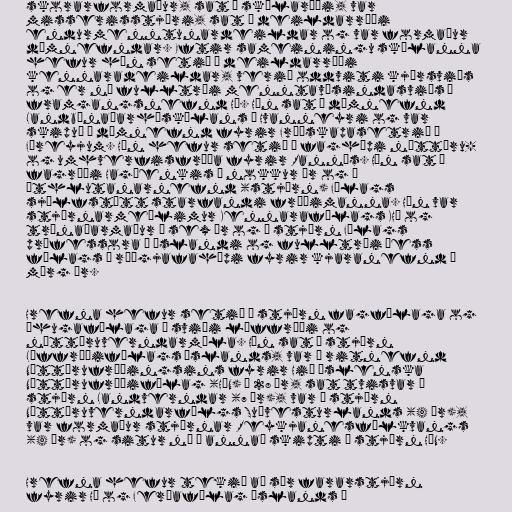
skorarformaður, sat í skólaráði, var
misserisstjóri, sat í deildarráði
endurmenntunardeildar og var formaður
dómnefndar. Eftir sameiningu skólanna
hefur hún setið í deildarráði
kennaradeildar, verið oddviti kjörsviðs
og er nú fulltrúi menntavísindasviðs í
framgangsnefnd HÍ. Hún sat í dómnefnd
Landbúnaðarháskólans á Hvanneyri og var
skipuð í dómnefnd fyrir Fróðskapasetrið í
Færeyjum. Hún hefur setið í faghópi náttúru-
og umhverfisfræða fyrir Rannís. Hún sat í
fagráði Hagþenkis í nokkur ár og í
úthlutanarnefnd (stjórn) Félags
sjálfstætt starfandi fræðimanna. Hún var
stjórnarmeðlimur Kennarafélags KHÍ og
trúnaðarmaður í sex ár og í stjórn Félags
prófessora á Íslandi og fulltrúi þess
félags í ráðgjafahópi fyrir kjaranefnd í
mörg ár.

Hrefna hefur setið í stjórn fagfélaga og
áhugafélaga á sviði líffræði og
náttúruverndarmála. Hún sat í stjórn
Líffræðifélags Íslands, var í ritnefnd
Náttúrufræðingsins fyrir Hið íslenska
Náttúrufræðifélag (HÍN) í 28 ár, sat tvisvar í
stjórn Landverndar (7 ár), var í stjórn
Náttúruverndarfélgs Suðvesturlands (4 ár),
var formaður stjórnar Reykjanesfólkvangs
(4 ár) og situr nú í annað skipti í stjórn HÍN.

Hrefna hefur tekið að sér fararstjórn
fyrir HÍ og Ferðafélag Íslands í